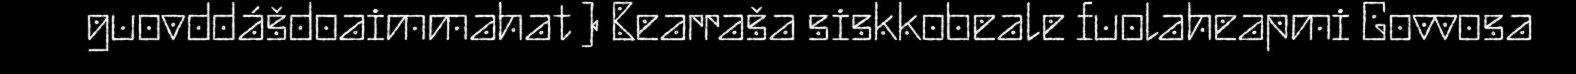
guovddášdoaimmahat ) Bearraša siskkobeale fuolaheapmi Govvosa